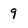
Character: 9